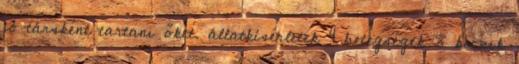
jó társként tartani őket. állatkísérletek 4 betegségek 8 kicsik